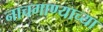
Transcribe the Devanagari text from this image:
नाचगाण्याच्या